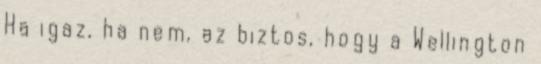
Ha igaz, ha nem, az biztos, hogy a Wellington